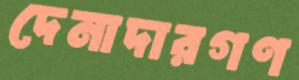
দেনাদারগণ